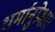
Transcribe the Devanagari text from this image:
धर्मानुप्रेक्षा।